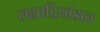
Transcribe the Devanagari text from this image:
सह्याद्रिखंडात